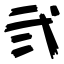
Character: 弐